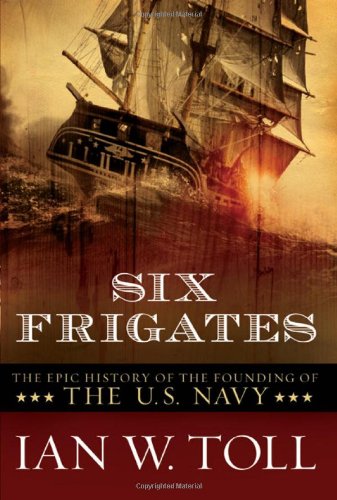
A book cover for Six Frigates: The Epic History of the Founding of the U.S. Navy; Ian W. Toll; Engineering & Transportation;